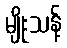
မျိုးသန့်